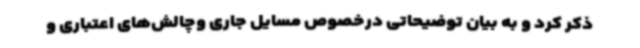
ذکر کرد و به بیان توضیحاتی درخصوص مسایل جاری وچالش‌های اعتباری و